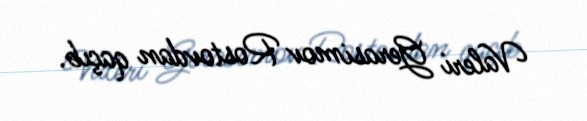
Valeri Gerasimov Rostovdan qaçıb.